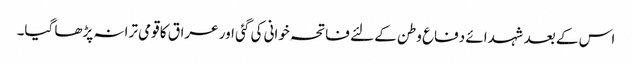
اس کے بعد شہدائے دفاع وطن کے لئے فاتحہ خوانی کی گئی اور عراق کا قومی ترانہ پڑھا گیا۔